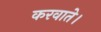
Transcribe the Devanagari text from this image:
करवाते।